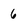
Character: 6